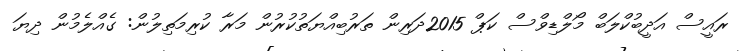
ރައީސް އަދީބުކްލަބް މޯލްޑިވްސް ކަޕް 2015ދަރިން ތަރުބިއްޔަތުކުރުން މަރާ ކުރިމަތިލުން: ގެއްލެމުން ދިޔަ